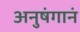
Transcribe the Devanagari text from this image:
अनुषंगानं